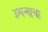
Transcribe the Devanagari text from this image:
उत्पन्‍नाचा